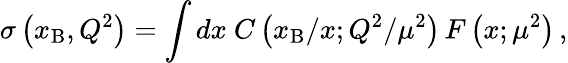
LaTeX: \sigma\left(x_{\mathrm{B}},Q^{2}\right)=\int dx\ C\left(x_{\mathrm{B}}/x;Q^{2}/\mu^{2}\right)\, F\left(x;\mu^{2}\right)\, ,